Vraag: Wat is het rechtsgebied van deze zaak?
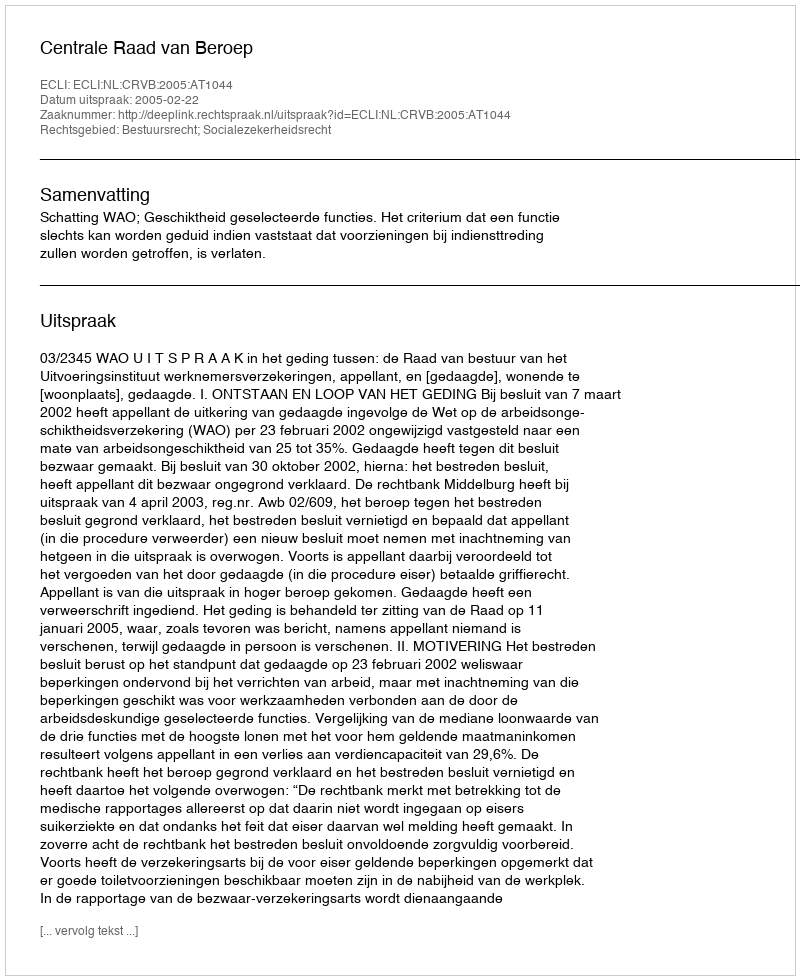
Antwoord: Bestuursrecht; Socialezekerheidsrecht